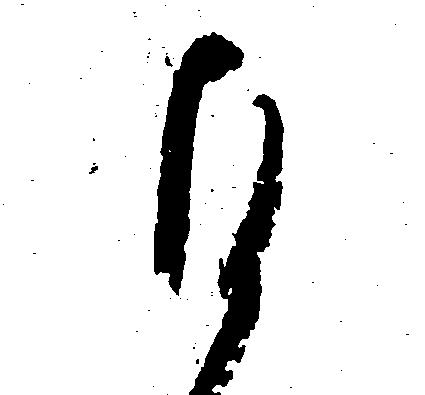
ひ